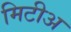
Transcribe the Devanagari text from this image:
मिटीअ